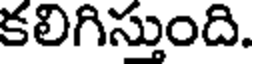
కలిగిస్తుంది.